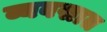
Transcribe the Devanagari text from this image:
व्यवसात